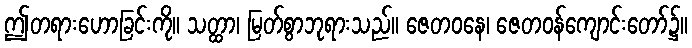
ဤတရားဟောခြင်းကို။ သတ္ထာ၊ မြတ်စွာဘုရားသည်။ ဇေတဝနေ၊ ဇေတဝန်ကျောင်းတော်၌။